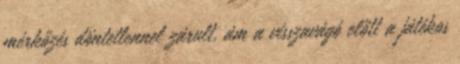
mérkőzés döntetlennel zárult, ám a visszavágó előtt a játékos